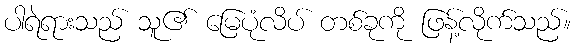
ပါရဲရားသည် သူ၏ မြေပုံလိပ် တစ်ခုကို ဖြန့်လိုက်သည်။